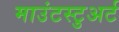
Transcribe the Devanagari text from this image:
माउंटस्टुअर्ट